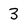
Character: 3